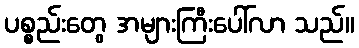
ပစ္စည်းတွေ အများကြီးပေါ်လာ သည်။